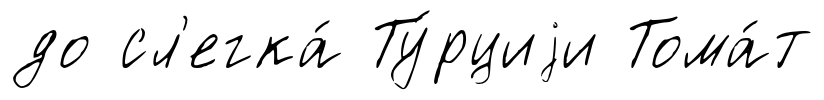
до сл'егка́ Ту́рциjи Тома́т